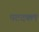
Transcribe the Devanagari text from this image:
पटदक्ल